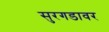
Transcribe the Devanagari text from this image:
सुरगडावर